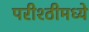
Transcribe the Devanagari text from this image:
परीश्ठीमध्ये